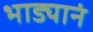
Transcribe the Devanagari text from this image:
भाड्यानं